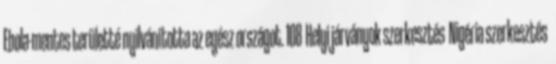
Ebola-mentes területté nyilvánította az egész országot. 108 Helyi járványok szerkesztés Nigéria szerkesztés